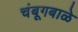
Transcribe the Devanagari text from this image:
चंबूगबाळे